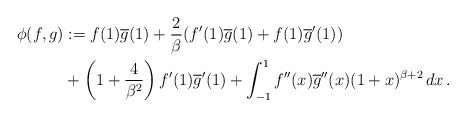
LaTeX: \begin{align*}\phi(f,g) & :=f(1)\overline{g}(1)+\frac{2}{\beta}(f^{\prime}(1)\overline{g}(1)+f(1)\overline{g}^{\prime}(1))\\& +\left( 1+\frac{4}{\beta^{2}}\right) f^{\prime}(1)\overline{g}^{\prime}(1)+\int_{-1}^{1}f^{\prime\prime}(x)\overline{g}^{\prime\prime}(x)(1+x)^{\beta+2}\,dx\,.\end{align*}